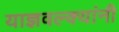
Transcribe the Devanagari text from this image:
याज्ञवल्क्यांनी